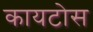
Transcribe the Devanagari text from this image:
कायटोस